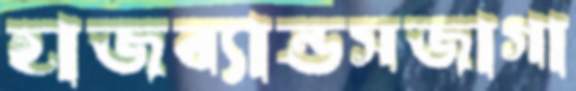
হাজব্যান্ডসজাগা